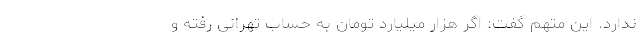
ندارد. این متهم گفت: اگر هزار میلیارد تومان به حساب تهرانی رفته و